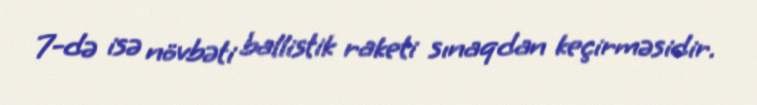
7-də isə növbəti ballistik raketi sınaqdan keçirməsidir.